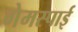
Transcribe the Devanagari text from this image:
गेमस्पाई